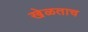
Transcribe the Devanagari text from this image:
खेळताच